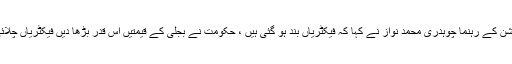
پاور لومز ایسوسی ایشن کے رہنما چوہدری محمد نواز نے کہا کہ فیکٹریاں بند ہو گئی ہیں ، حکومت نے بجلی کے قیمتیں اس قدر بڑھا دیں فیکٹریاں چلائی ہی نہیں جا سکتیں۔